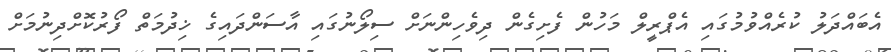
އެބައްދަލު ކުރެއްވުމުގައި އެޕްރީލް މަހުން ފެށިގެން ދިވެހިންނަށް ސިލޯނުގައި އާސަންދައިގެ ޚިދުމަތް ފޯރުކޮށްދިނުމަށް